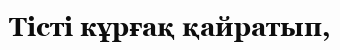
Тісті кұрғақ қайратып,